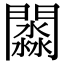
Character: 𨶺